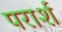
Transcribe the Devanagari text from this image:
परार्श